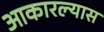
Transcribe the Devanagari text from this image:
आकारल्यास